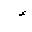
Letter: _hamza